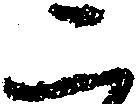
二